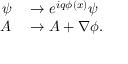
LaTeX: \begin{array} { r l } { \psi } & { { } \rightarrow e ^ { i q \phi ( x ) } \psi } \\ { A } & { { } \rightarrow A + \nabla \phi . } \end{array}